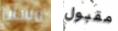
مسليا مقبول